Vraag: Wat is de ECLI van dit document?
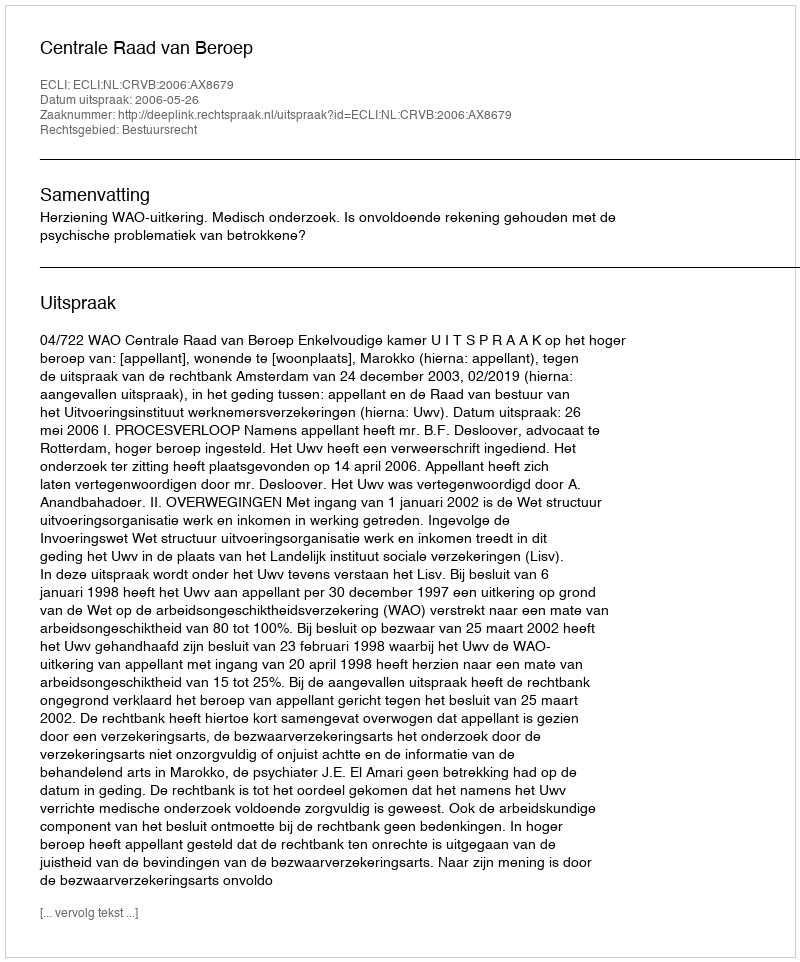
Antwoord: ECLI:NL:CRVB:2006:AX8679